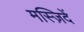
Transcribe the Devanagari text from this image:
मस्ज़िदें